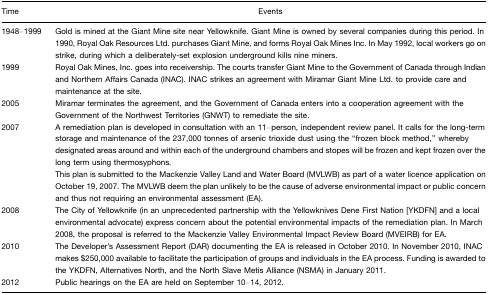
| Time | Events |
 | --- | --- |
 | 1948–1999 | Gold is mined at the Giant Mine site near Yellowknife. Giant Mine is owned by several companies during this period. In 1990, Royal Oak Resources Ltd. purchases Giant Mine, and forms Royal Oak Mines Inc. In May 1992, local workers go on strike, during which a deliberately-set explosion underground kills nine miners. |
 | 1999 | Royal Oak Mines, Inc. goes into receivership. The courts transfer Giant Mine to the Government of Canada through Indian and Northern Affairs Canada (INAC). INAC strikes an agreement with Miramar Giant Mine Ltd. to provide care and maintenance at the site. |
 | 2005 | Miramar terminates the agreement, and the Government of Canada enters into a cooperation agreement with the Government of the Northwest Territories (GNWT) to remediate the site. |
 | 2007 | A remediation plan is developed in consultation with an 11–person, independent review panel. It calls for the long-term storage and maintenance of the 237,000 tonnes of arsenic trioxide dust using the “frozen block method,” whereby designated areas around and within each of the underground chambers and stopes will be frozen and kept frozen over the long term using thermosyphons.This plan is submitted to the Mackenzie Valley Land and Water Board (MVLWB) as part of a water licence application on October 19, 2007. The MVLWB deem the plan unlikely to be the cause of adverse environmental impact or public concern and thus not requiring an environmental assessment (EA). |
 | 2008 | The City of Yellowknife (in an unprecedented partnership with the Yellowknives Dene First Nation [YKDFN] and a local environmental advocate) express concern about the potential environmental impacts of the remediation plan. In March 2008, the proposal is referred to the Mackenzie Valley Environmental Impact Review Board (MVEIRB) for EA. |
 | 2010 | The Developer's Assessment Report (DAR) documenting the EA is released in October 2010. In November 2010, INAC makes $250,000 available to facilitate the participation of groups and individuals in the EA process. Funding is awarded to the YKDFN, Alternatives North, and the North Slave Metis Alliance (NSMA) in January 2011. |
 | 2012 | Public hearings on the EA are held on September 10–14, 2012. |